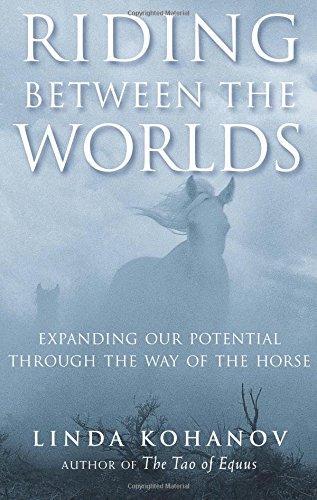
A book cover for Riding Between the Worlds: Expanding Our Potential Through the Way of the Horse; Linda Kohanov; Crafts, Hobbies & Home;